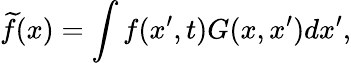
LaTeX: \widetilde{f}(x)=\int f(x^{\prime},t)G(x,x^{\prime})dx^{\prime},